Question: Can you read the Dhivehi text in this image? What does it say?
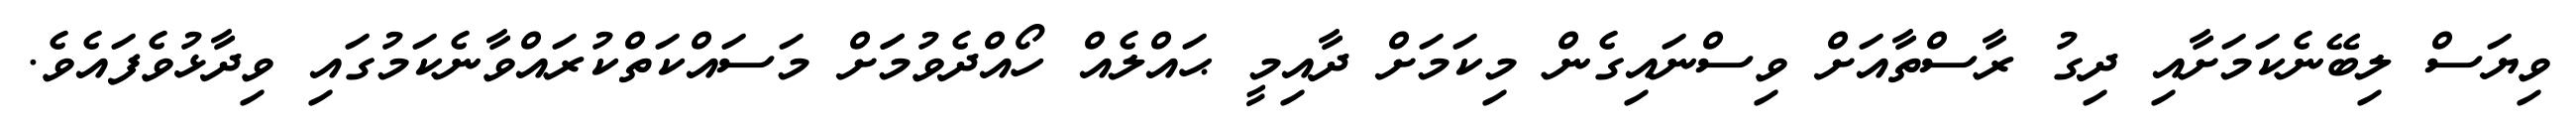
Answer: ވިޔަސް ލިބޭނެކަމަށާއި ދިގު ރާސްތާއަށް ވިސްނައިގެން މިކަމަށް ދާއިމީ ޙައްލެއް ހޯއްދެވުމަަށް މަސައްކަތްކުރައްވާނެކަމުގައި ވިދާޅުވެފައެވެ.